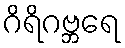
ဂိရိဂဗ္ဘရေ